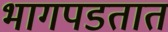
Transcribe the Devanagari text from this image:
भागपडतात